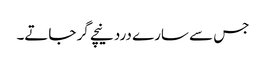
جس سے سارے درد نیچے گر جاتے۔